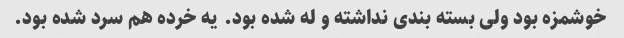
خوشمزه بود ولی بسته بندی نداشته و له شده بود. یه خرده هم سرد شده بود.